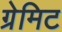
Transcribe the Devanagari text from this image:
ग्रेमिट